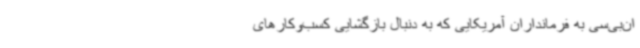
‌ان‌بی‌سی به فرمانداران آمریکایی که به دنبال بازگشایی کسب‌وکارهای